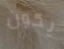
يكون